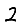
Digit: 2